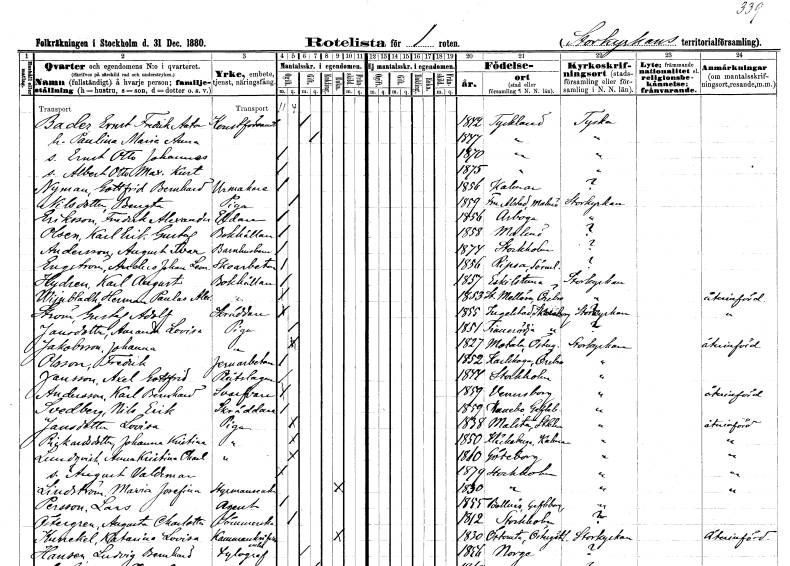
gt_parse: households: individuals: FN: Ernst Fredrik Anton
EN: Bader
YRKE: Konstförvandt
KON: M
CIV: G
FODAR: 1842
FN: Paulina Maria Anna
KON: K
CIV: G
FODAR: 1847
FN: Ernst Otto Johannes
KON: M
CIV: O
FODAR: 1870
FN: Albert Otto Maximilian Kurt
KON: M
CIV: O
FODAR: 1875
FN: Gottfrid Bernhard
EN: Nyman
YRKE: Urmakare
KON: M
CIV: O
FODAR: 1856
FODFORS: Kalmar Kalmar län
FN: Bengta
EN: Nilsdotter
YRKE: Piga
KON: K
CIV: O
FODAR: 1859
FODFORS: Fru Alstad Malmöhus län
FN: Fredrik Alexander
EN: Eriksson
YRKE: Eldare
KON: M
CIV: O
FODAR: 1856
FODFORS: Arboga Västmanlands län
FN: Karl Erik Gustaf
EN: Olsen
YRKE: Bokhållare
KON: M
CIV: O
FODAR: 1858
FODFORS: Malmö Malmöhus län
FN: August Ivar
EN: Andersson
YRKE: Barnhusbarn
KON: M
CIV: O
FODAR: 1874
FODFORS: Stockholm
FN: Anders Johan Leonard
EN: Engström
YRKE: Skoarbetare
KON: M
CIV: O
FODAR: 1856
FODFORS: Ripsa Södermanlands län
FN: Karl August
EN: Hydren
YRKE: Bokhållare
KON: M
CIV: O
FODAR: 1857
FODFORS: Eskilstuna Södermanlands län
FN: Herman Paulus Alex.
EN: Winbladh
KON: M
CIV: O
FODAR: 1853
FODFORS: Stora Mellösa Örebro län
FN: Gustaf Adolf
EN: Ström
YRKE: Skräddare
KON: M
CIV: O
FODAR: 1855
FODFORS: Ingelstad Kristianstads län
FN: Amanda Lovisa
EN: Jansdotter
YRKE: Piga
KON: K
CIV: O
FODAR: 1851
FODFORS: Finnerödja Örebro län
FN: Johanna
EN: Jakobsson
YRKE: Piga
KON: K
CIV: O
FODAR: 1827
FODFORS: Motala Östergötlands län
FN: Fredrik
EN: Olsson
YRKE: Järnarbetare
KON: M
CIV: O
FODAR: 1852
FODFORS: Karlskoga Örebro län
FN: Axel Gottfrid
EN: Jansson
YRKE: Plåtslagare
KON: M
CIV: O
FODAR: 1844
FODFORS: Stockholm
FN: Karl Bernhard
EN: Andersson
YRKE: Svarvare
KON: M
CIV: O
FODAR: 1859
FODFORS: Vänersborg Älvsborgs län
FN: Nils Erik
EN: Svedberg
YRKE: Skräddare
KON: M
CIV: O
FODAR: 1859
FODFORS: Hanebo Gävleborgs län
FN: Lovisa
EN: Jansdotter
YRKE: Piga
KON: K
CIV: O
FODAR: 1838
FODFORS: Malsta Stockholms län
FN: Johanna Kristina
EN: Rickardsdotter
YRKE: Piga
KON: K
CIV: O
FODAR: 1850
FODFORS: Kläckeberga Kalmar län
FN: Anna Kristina Charlotta
EN: Lundqvist
YRKE: Piga
KON: K
CIV: O
FODAR: 1860
FODFORS: Göteborg Göteborgs- och Bohuslän
FN: August Valdemar
KON: M
CIV: O
FODAR: 1879
FODFORS: Stockholm
FN: Maria Josefina
EN: Lindström
YRKE: Styrmansänka
KON: K
CIV: E
FODAR: 1830
FODFORS: Stockholm
FN: Lars
EN: Persson
YRKE: Agent
KON: M
CIV: O
FODAR: 1855
FODFORS: Bollnäs Gävleborgs län